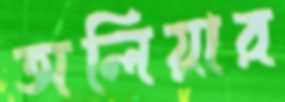
অলিয়ার